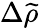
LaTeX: \Delta\widetilde{\rho}